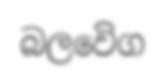
බලවෙිග